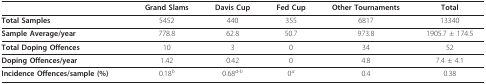
<table><thead><tr><td></td><td><b>Grand Slams</b></td><td><b>Davis Cup</b></td><td><b>Fed Cup</b></td><td><b>Other Tournaments</b></td><td><b>Total</b></td></tr></thead><tbody><tr><td><b>Total Samples</b></td><td>5452</td><td>440</td><td>355</td><td>6817</td><td>13340</td></tr><tr><td><b>Sample Average/year</b></td><td>778.8</td><td>62.8</td><td>50.7</td><td>973.8</td><td>1905.7±174.5</td></tr><tr><td><b>Total Doping Offences</b></td><td>10</td><td>3</td><td>0</td><td>34</td><td>52</td></tr><tr><td><b>Doping Offences/year</b></td><td>1.42</td><td>0.42</td><td>0</td><td>4.8</td><td>7.4 ± 4.1</td></tr><tr><td><b>Incidence Offences/sample (%)</b></td><td>0.18<i><sup>b</sup></i></td><td>0.68<i><sup>a-b</sup></i></td><td>0<i><sup>a</sup></i></td><td>0.4</td><td>0.38</td></tr></tbody></table>